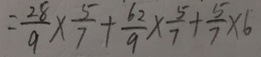
= \frac { 2 8 } { 9 } \times \frac { 5 } { 7 } + \frac { 6 2 } { 9 } \times \frac { 5 } { 7 } + \frac { 5 } { 7 } \times 6